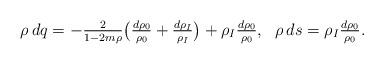
LaTeX: \begin{align*} \rho\,d q =-\tfrac{2}{1-2 m\rho}\bigl(\tfrac{d\rho_0}{\rho_0}+\tfrac{d\rho_I}{\rho_I}\bigr) + \rho_I\tfrac{d\rho_0}{\rho_0}, \ \ \rho\,d s = \rho_I\tfrac{d\rho_0}{\rho_0}.\end{align*}